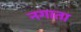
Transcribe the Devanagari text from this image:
नगाता